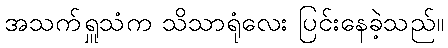
အသက်ရှူသံက သိသာရုံလေး ပြင်းနေခဲ့သည်။